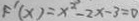
F ^ { \prime } ( x ) = x ^ { 2 } - 2 x - 3 = 0